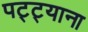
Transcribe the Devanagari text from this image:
पट्ट्याना